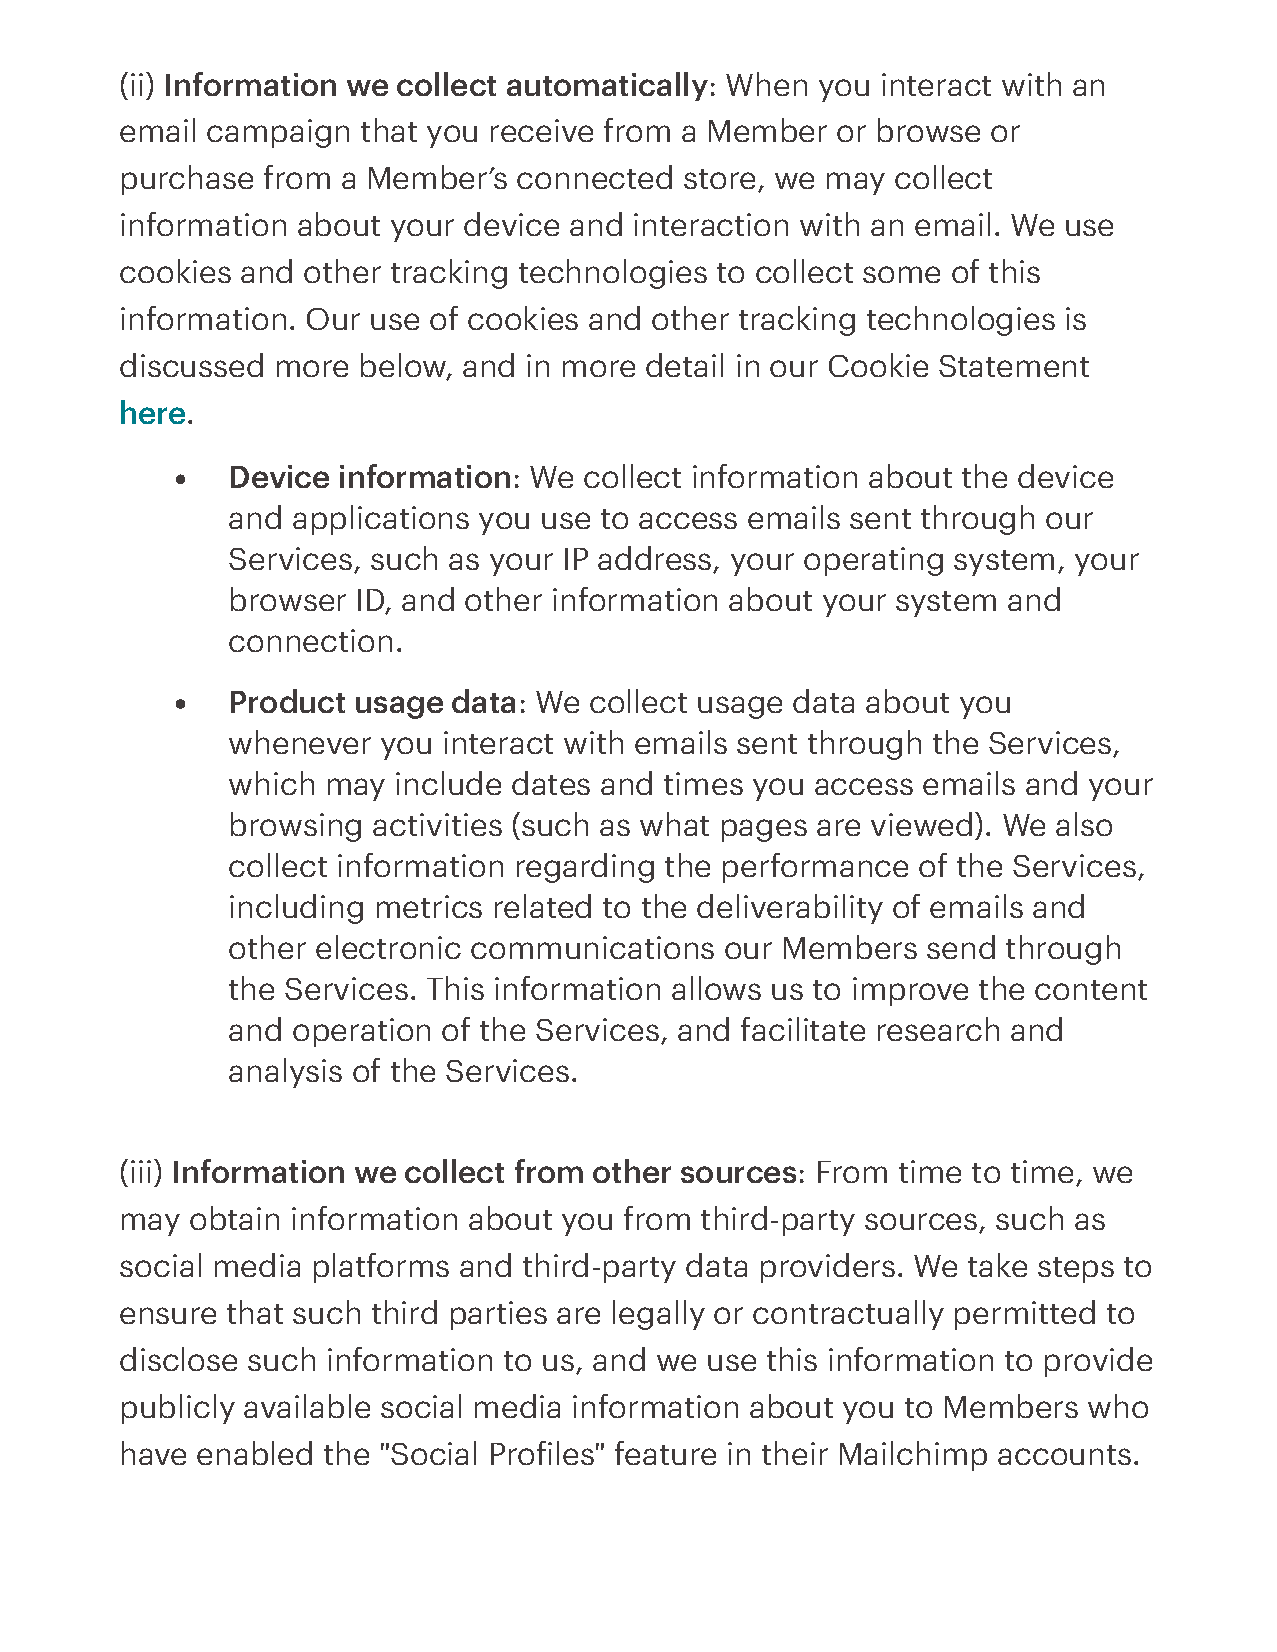
(ii) Information we collect automatically: When you interact with an
 email campaign  that you receive from a Member or browse  or
 purchase from  a Member’s connected  store, we may collect
 information about your device and interaction with an email. We use
 cookies and other tracking technologies to collect some of this
 information. Our use of cookies and other tracking technologies is
 discussed more  below, and in more detail in our Cookie Statement
 here.
 Device information: We  collect information about the device
 and applications you use to access emails sent through our
 Services, such as your IP address, your operating system, your
 browser  ID, and other information about your system and
 connection.
 Product usage  data: We collect usage data about you
 whenever  you interact with emails sent through the Services,
 which may  include dates and times you access emails and your
 browsing  activities (such as what pages are viewed). We also
 collect information regarding the performance of the Services,
 including metrics related to the deliverability of emails and
 other electronic communications  our Members  send  through
 the Services. This information allows us to improve the content
 and operation of the Services, and facilitate research and
 analysis of the Services.
 (iii) Information we collect from other sources: From time to time, we
 may obtain information about you from third-party sources, such as
 social media platforms and third-party data providers. We take steps to
 ensure that such third parties are legally or contractually permitted to
 disclose such information to us, and we use this information to provide
 publicly available social media information about you to Members who
 have enabled the "Social Proiles" feature in their Mailchimp accounts.